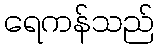
ရေကန်သည်